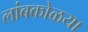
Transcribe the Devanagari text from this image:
लांबकोळया